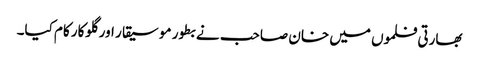
بھارتی فلموں میں خان صاحب نے بطور موسیقار اور گلوکار کام کیا۔